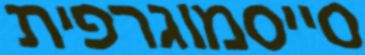
סייסמוגרפית